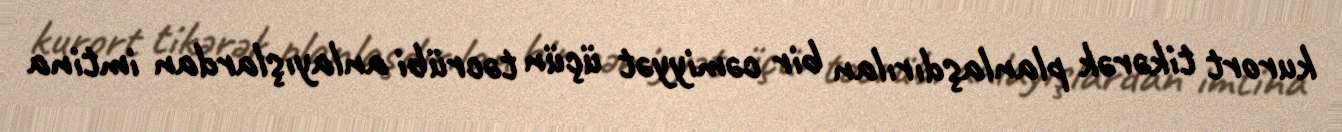
kurort tikərək planlaşdırılan bir cəmiyyət üçün təcrübi anlayışlardan imtina